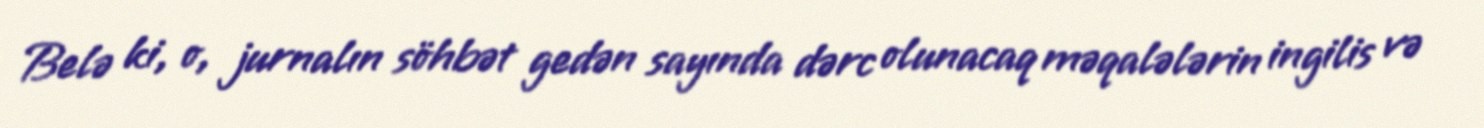
Belə ki, o, jurnalın söhbət gedən sayında dərc olunacaq məqalələrin ingilis və